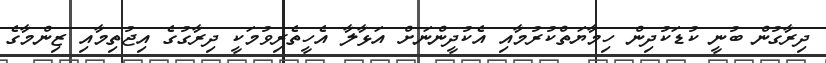
ދިރާގުން ބުނީ ކުޑަކުދިން ހިމާޔަތްކުރުމާއި އެކުދީންނަށް އަޅާލާ އެހީތެރިވުމަކީ ދިރާގުގެ އިޖުތިމާއި ޒިންމާގެ